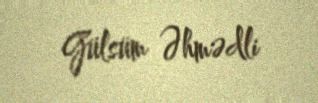
Gülsüm Əhmədli